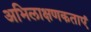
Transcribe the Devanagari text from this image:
अभिलाक्षणकताएं